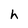
Character: h